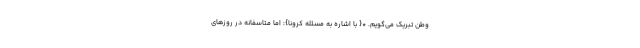
وطن تبریک می‌گویم. *{ با اشاره به مسئله کرونا}: اما متاسفانه در روزهای